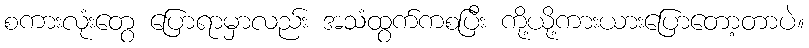
စကားလုံးတွေ ပြောရာမှာလည်း အသံထွက်ကစပြီး ကို့ယို့ကားယားပြောတော့တာပဲ။